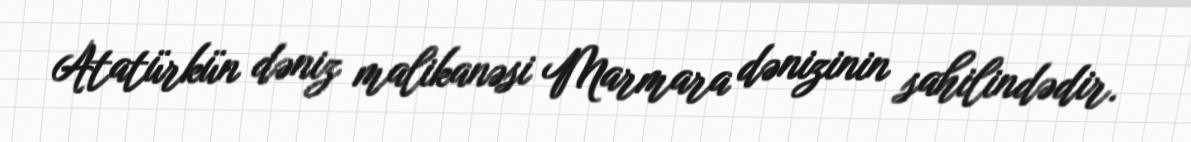
Atatürkün dəniz malikanəsi Marmara dənizinin sahilindədir.